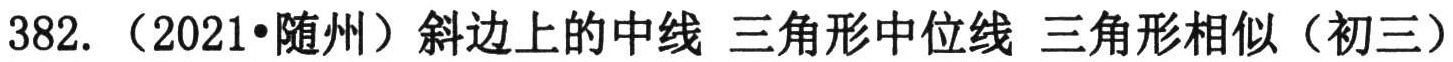
382.（2021•随州）斜边上的中线 三角形中位线 三角形相似（初三）